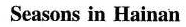
Seasons in Hainan